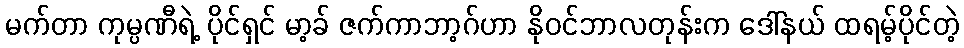
မက်တာ ကုမ္ပဏီရဲ့ ပိုင်ရှင် မာ့ခ် ဇက်ကာဘာ့ဂ်ဟာ နိုဝင်ဘာလတုန်းက ဒေါ်နယ် ထရမ့်ပိုင်တဲ့